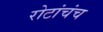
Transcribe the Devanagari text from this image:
रोटांचंच